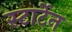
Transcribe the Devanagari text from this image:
स्टार्टेन